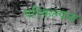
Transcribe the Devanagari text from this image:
परि्कल्पना